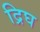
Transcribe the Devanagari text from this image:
द्रिघ